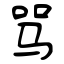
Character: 骂